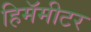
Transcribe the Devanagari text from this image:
हिमॅमीटर